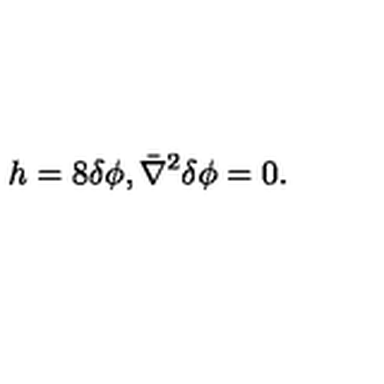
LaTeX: h = 8 \delta \phi , \bar { \nabla } ^ { 2 } \delta \phi = 0 .